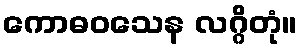
ကောဓဝသေန လဂ္ဂိတုံ။